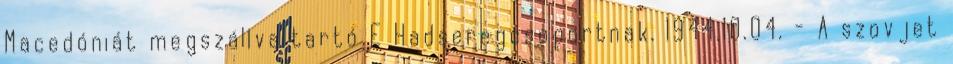
Macedóniát megszállva tartó E Hadseregcsoportnak. 1944.10.04. - A szovjet